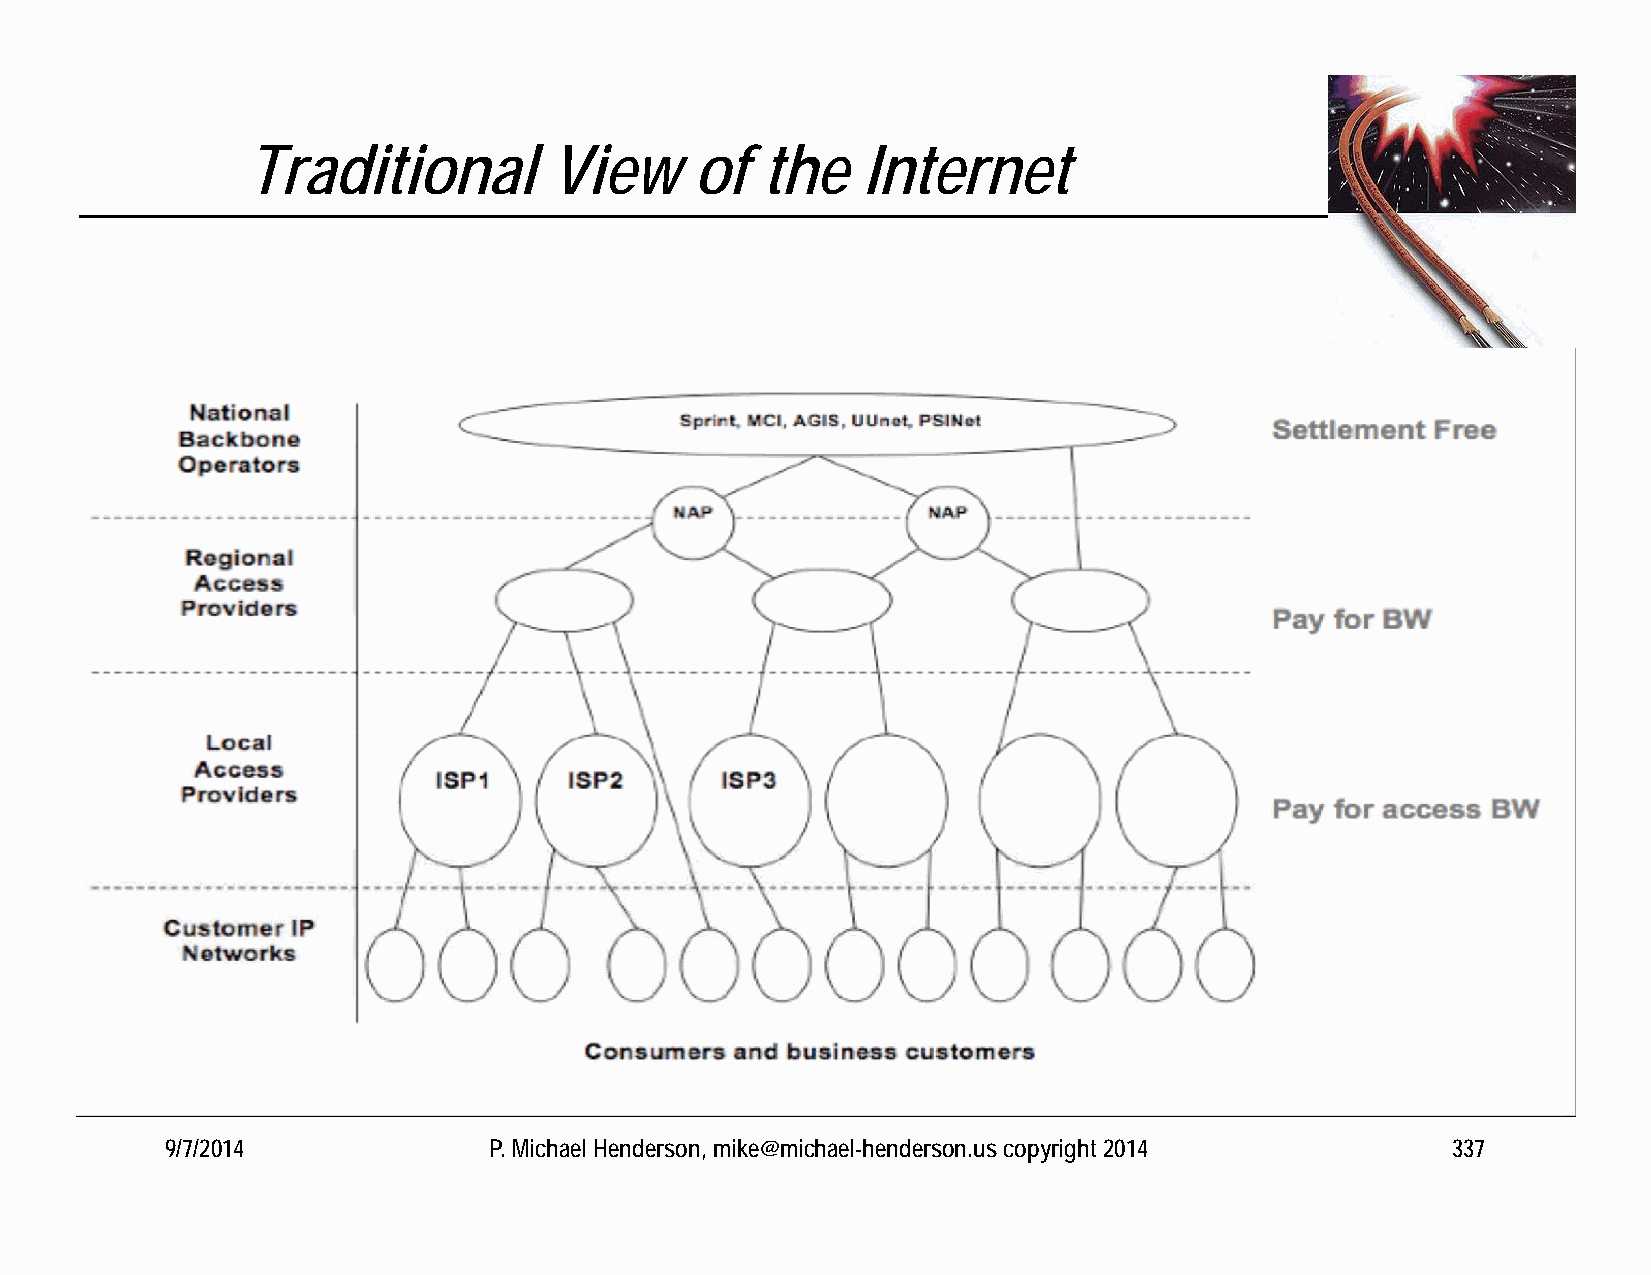
Traditional         View      of  the    Internet
 9/7/2014             P. Michael Henderson, mike@michael-henderson.us copyright 2014  337